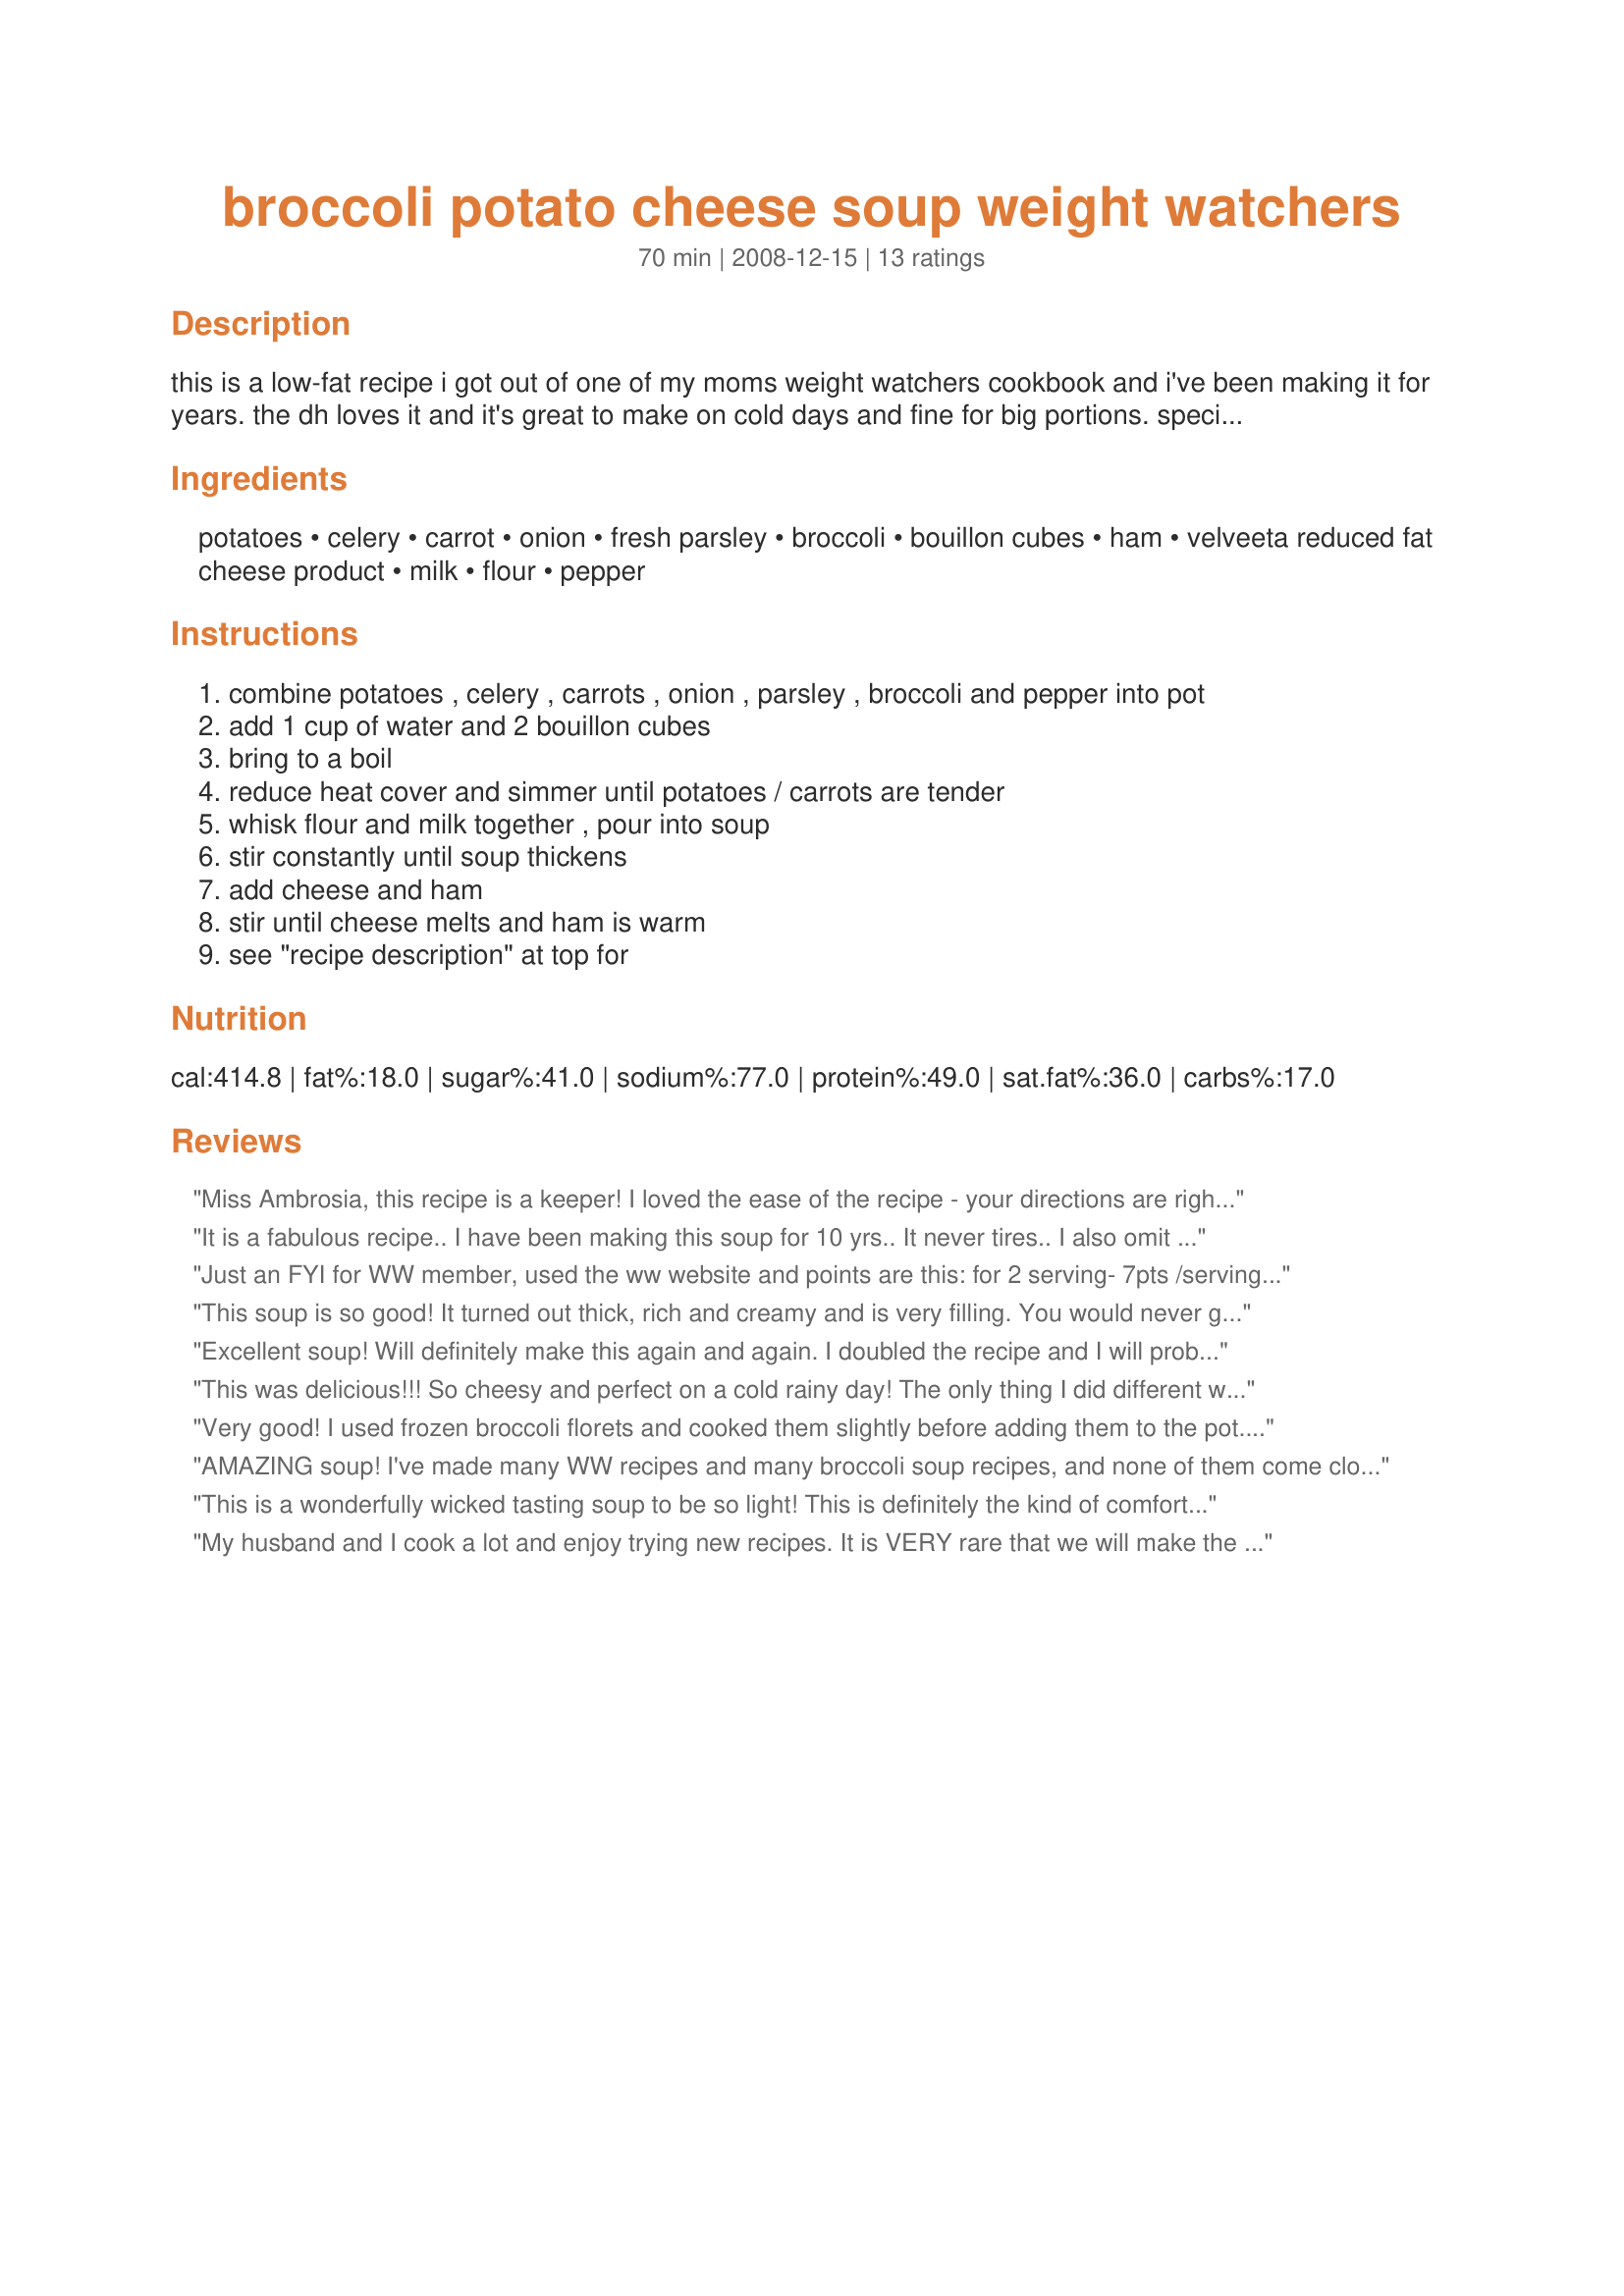
broccoli potato cheese soup weight watchers
Preparation time: 70 minutes

this is a low-fat recipe i got out of one of my moms weight watchers cookbook and i've been making it for years. the dh loves it and it's great to make on cold days and fine for big portions. special note: this soup can easily be modified. add more ham and cheese if you’d like, or add cubed chicken or turkey instead of ham. if you add more veggies and need more water to boil them, use 2 bouillon cubes to every cup of water you add and 2 tablespoons of flour to every cup of milk to thicken it up. i serve the soup with cheddar cheese popovers.
note: if you are doing the 2012 version of ww, it has 11 points per serving as written.

Ingredients:
potatoes, celery, carrot, onion, fresh parsley, broccoli, bouillon cubes, ham, velveeta reduced fat cheese product, milk, flour, pepper

Steps:
combine potatoes , celery , carrots , onion , parsley , broccoli and pepper into pot
add 1 cup of water and 2 bouillon cubes
bring to a boil
reduce heat cover and simmer until potatoes / carrots are tender
whisk flour and milk together , pour into soup
stir constantly until soup thickens
add cheese and ham
stir until cheese melts and ham is warm
see "recipe description" at top for

Reviews:
Miss Ambrosia, this recipe is a keeper! I loved the ease of the recipe - your directions are right-on! I left out the ham because, as it turns out, there wasn't any in the freezer! I also made one additional change. (Hope you don't mind??) We prefer a smoother soup, so I pureed half of the vegetable mixture before adding the milk. This soup was so flavorful and was perfect for a snowy (yucky!) night - it warmed us from the inside - out! Thank you for sharing!
It is a fabulous recipe.. I have been making this soup for 10 yrs.. It never tires.. I also omit the celery because of it's strong flavor. I also rotate between using broccoli and cauliflower.. Both are delicious. Also at times I have used light cheeze whiz.. Another tasty option...
Just an FYI for WW member, used the ww website and points are this: for 2 serving- 7pts /serving.
For 4 servings-3pts/serving. I plan on trying this soon and will rate it then. Sounds delicious.
This soup is so good! It turned out thick, rich and creamy and is very filling. You would never guess that it is light. Takes a while to chop up everything but the result is worth the effort. Make a double batch. Thanks for posting!
Excellent soup! Will definitely make this again and again. I doubled the recipe and I will probably get 5 or 6 servings out of it. I used frozen broccoli and omitted the celery because I didn't have any on hand. My DH really liked this soup and asked if I would make it again. Definitely a good sign! This will be a permanent in my collection.
This was delicious!!! So cheesy and perfect on a cold rainy day! The only thing I did different was after I cooked the veggies I ran about half of the veggie mixture through the blender and then incorporated it back in. I prefer my soups creamier and this did the trick beautifully!
Very good! I used frozen broccoli florets and cooked them slightly before adding them to the pot. Used 1/2 C. low fat sharp cheddar cheese, low fat milk and 2 TBS real bacon bits instead of ham. Turned out very good. I figured the ww pts with these adjustments and it came to 3pts if you divide the soup in to 4, or 4pts if you divide it into 3 servings.
AMAZING soup! I've made many WW recipes and many broccoli soup recipes, and none of them come close to the perfect-ness of this recipe!! This is now one of my all-time favorite soups and we will enjoy this many times. It is creamy, thick, full of flavor and we were fighting over who'd clean the pan. (DH won.) I simmered the veggies about 20 minutes to make sure all were cooked through and ended up adding about another 1/2 cup milk to thin it out. I took your advice and served with Recipe #206872. Yummy!! Let's see some more of your recipes, Miss Ambrosia!
This is a wonderfully wicked tasting soup to be so light! This is definitely the kind of comfort food called for by frigid Alaska winter nights. It's just a bonus that I don't have to feel guilt-laden after eating it! I did saute the veggies in a bit of cooking spray before adding the remaining ingredients and added 1 can of fat free evaporated milk to make it even creamier. Thanks Mrs. Ambrosia for a winning recipe.
My husband and I cook a lot and enjoy trying new recipes. It is VERY rare that we will make the same recipe more than once. My hubby asks me to make this recipe every time it rains or snows!! I do customize it a little... I add more broccoli, cheese (fresh shredded cheddar) and ham than the recipe calls for and I also add 1/2 a large jalapeno.
I left out the ham and it was very tasty!
I got 8 points on my ww calculator
My husband and I really enjoyed this soup! Will definitely be making this again soon!<br/><br/>I used 4c water and 2c milk (staying with the 2 tbsp flour per cup of milk and 2 boullion cubes per cup of water) and 2 oz canned chicken instead of ham since I didn't have any. I only had regular velveeta so had to use that. I ended up with 4 generous servings with a PointsPlus value of 7.
